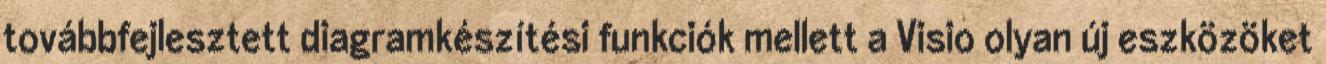
továbbfejlesztett diagramkészítési funkciók mellett a Visio olyan új eszközöket